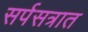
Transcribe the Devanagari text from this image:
सर्पसत्रात